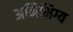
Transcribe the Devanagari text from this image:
अनिभिग्य